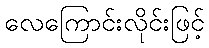
လေကြောင်းလိုင်းဖြင့်